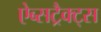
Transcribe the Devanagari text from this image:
ऐब्सट्रैक्ट्स